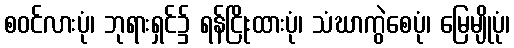
စဝင်လားပုံ၊ ဘုရားရှင်၌ ရန်ငြိုးထားပုံ၊ သံဃာကွဲစေပုံ၊ မြေမျိုပုံ၊